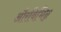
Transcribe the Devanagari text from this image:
औरविभिन्न